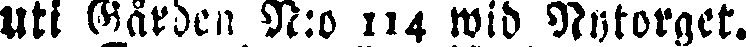
Uti Gården N:o 114 wid Nytorget.